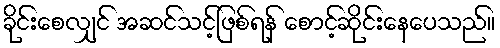
ခိုင်းစေလျှင် အဆင်သင့်ဖြစ်ရန် စောင့်ဆိုင်းနေပေသည်။